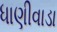
ધાણીવાડા